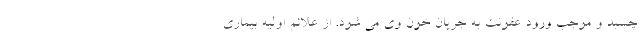
چسبد و موجب ورود عفونت به جریان خون وی می شود. از علائم اولیه بیماری